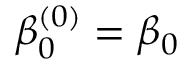
\beta _ { 0 } ^ { ( 0 ) } = \beta _ { 0 }